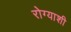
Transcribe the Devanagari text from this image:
रोग्याशी